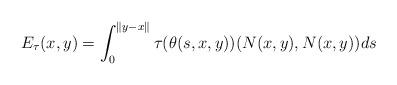
LaTeX: \begin{align*}E_\tau(x,y)=\int_0^{\|y-x\|}\tau(\theta(s,x,y))(N(x,y),N(x,y))ds\end{align*}